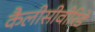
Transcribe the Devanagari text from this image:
कैलीसीवीरिडे